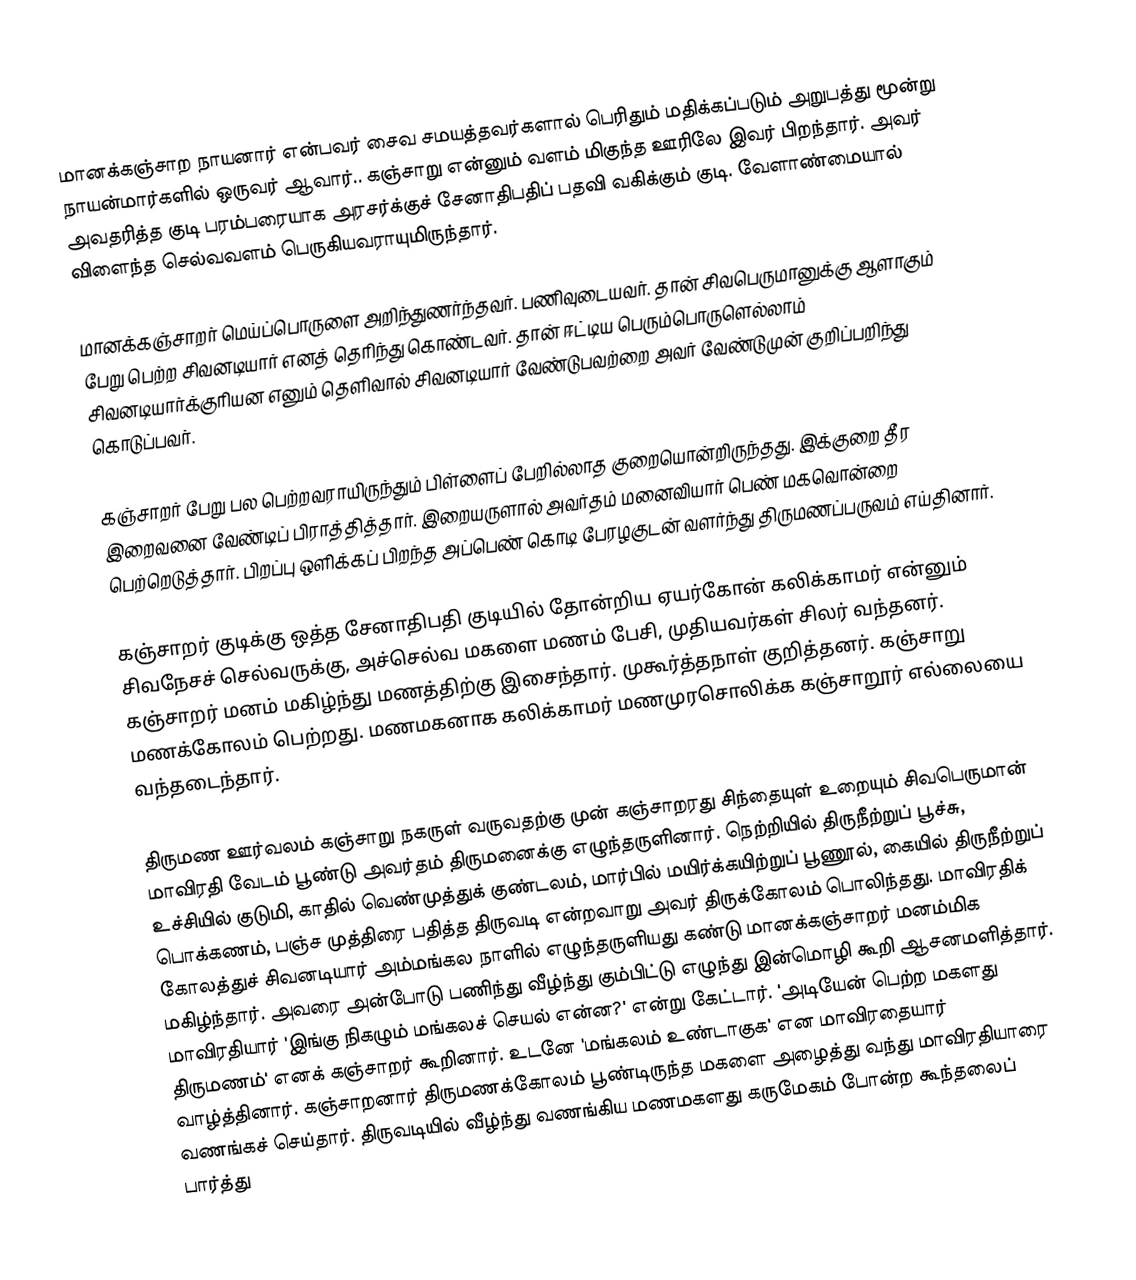
மானக்கஞ்சாற நாயனார் என்பவர் சைவ சமயத்தவர்களால் பெரிதும் மதிக்கப்படும் அறுபத்து மூன்று நாயன்மார்களில் ஒருவர் ஆவார்.. கஞ்சாறு என்னும் வளம் மிகுந்த ஊரிலே இவர் பிறந்தார். அவர் அவதரித்த குடி பரம்பரையாக அரசர்க்குச் சேனாதிபதிப் பதவி வகிக்கும் குடி. வேளாண்மையால் விளைந்த செல்வவளம் பெருகியவராயுமிருந்தார்.

மானக்கஞ்சாறர் மெய்ப்பொருளை அறிந்துணர்ந்தவர். பணிவுடையவர். தான் சிவபெருமானுக்கு ஆளாகும் பேறு பெற்ற சிவனடியார் எனத் தெரிந்து கொண்டவர். தான் ஈட்டிய பெரும்பொருளெல்லாம் சிவனடியார்க்குரியன எனும் தெளிவால் சிவனடியார் வேண்டுபவற்றை அவர் வேண்டுமுன் குறிப்பறிந்து கொடுப்பவர்.

கஞ்சாறர் பேறு பல பெற்றவராயிருந்தும் பிள்ளைப் பேறில்லாத குறையொன்றிருந்தது. இக்குறை தீர இறைவனை வேண்டிப் பிராத்தித்தார். இறையருளால் அவர்தம் மனைவியார் பெண் மகவொன்றை பெற்றெடுத்தார். பிறப்பு ஒளிக்கப் பிறந்த அப்பெண் கொடி பேரழகுடன் வளர்ந்து திருமணப்பருவம் எய்தினார்.

கஞ்சாறர் குடிக்கு ஒத்த சேனாதிபதி குடியில் தோன்றிய ஏயர்கோன் கலிக்காமர் என்னும் சிவநேசச் செல்வருக்கு, அச்செல்வ மகளை மணம் பேசி, முதியவர்கள் சிலர் வந்தனர். கஞ்சாறர் மனம் மகிழ்ந்து மணத்திற்கு இசைந்தார். முகூர்த்தநாள் குறித்தனர். கஞ்சாறு மணக்கோலம் பெற்றது. மணமகனாக கலிக்காமர் மணமுரசொலிக்க கஞ்சாறூர் எல்லையை வந்தடைந்தார்.

திருமண ஊர்வலம் கஞ்சாறு நகருள் வருவதற்கு முன் கஞ்சாறரது சிந்தையுள் உறையும் சிவபெருமான் மாவிரதி வேடம் பூண்டு அவர்தம் திருமனைக்கு எழுந்தருளினார். நெற்றியில் திருநீற்றுப் பூச்சு, உச்சியில் குடுமி, காதில் வெண்முத்துக் குண்டலம், மார்பில் மயிர்க்கயிற்றுப் பூணூல், கையில் திருநீற்றுப் பொக்கணம், பஞ்ச முத்திரை பதித்த திருவடி என்றவாறு அவர் திருக்கோலம் பொலிந்தது. மாவிரதிக் கோலத்துச் சிவனடியார் அம்மங்கல நாளில் எழுந்தருளியது கண்டு மானக்கஞ்சாறர் மனம்மிக மகிழ்ந்தார். அவரை அன்போடு பணிந்து வீழ்ந்து கும்பிட்டு எழுந்து இன்மொழி கூறி ஆசனமளித்தார். மாவிரதியார் 'இங்கு நிகழும் மங்கலச் செயல் என்ன?' என்று கேட்டார். 'அடியேன் பெற்ற மகளது திருமணம்' எனக் கஞ்சாறர் கூறினார். உடனே 'மங்கலம் உண்டாகுக' என மாவிரதையார் வாழ்த்தினார். கஞ்சாறனார் திருமணக்கோலம் பூண்டிருந்த மகளை அழைத்து வந்து மாவிரதியாரை வணங்கச் செய்தார். திருவடியில் வீழ்ந்து வணங்கிய மணமகளது கருமேகம் போன்ற கூந்தலைப் பார்த்து